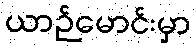
ယာဉ်မောင်းမှာ